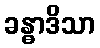
ခန္ဓာဒိသာ